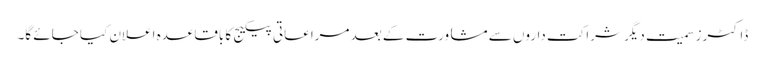
ڈاکٹرز سمیت دیگر شراکت داروں سے مشاورت کے بعد مراعاتی پیکیج کا باقاعدہ اعلان کیا جائے گا۔